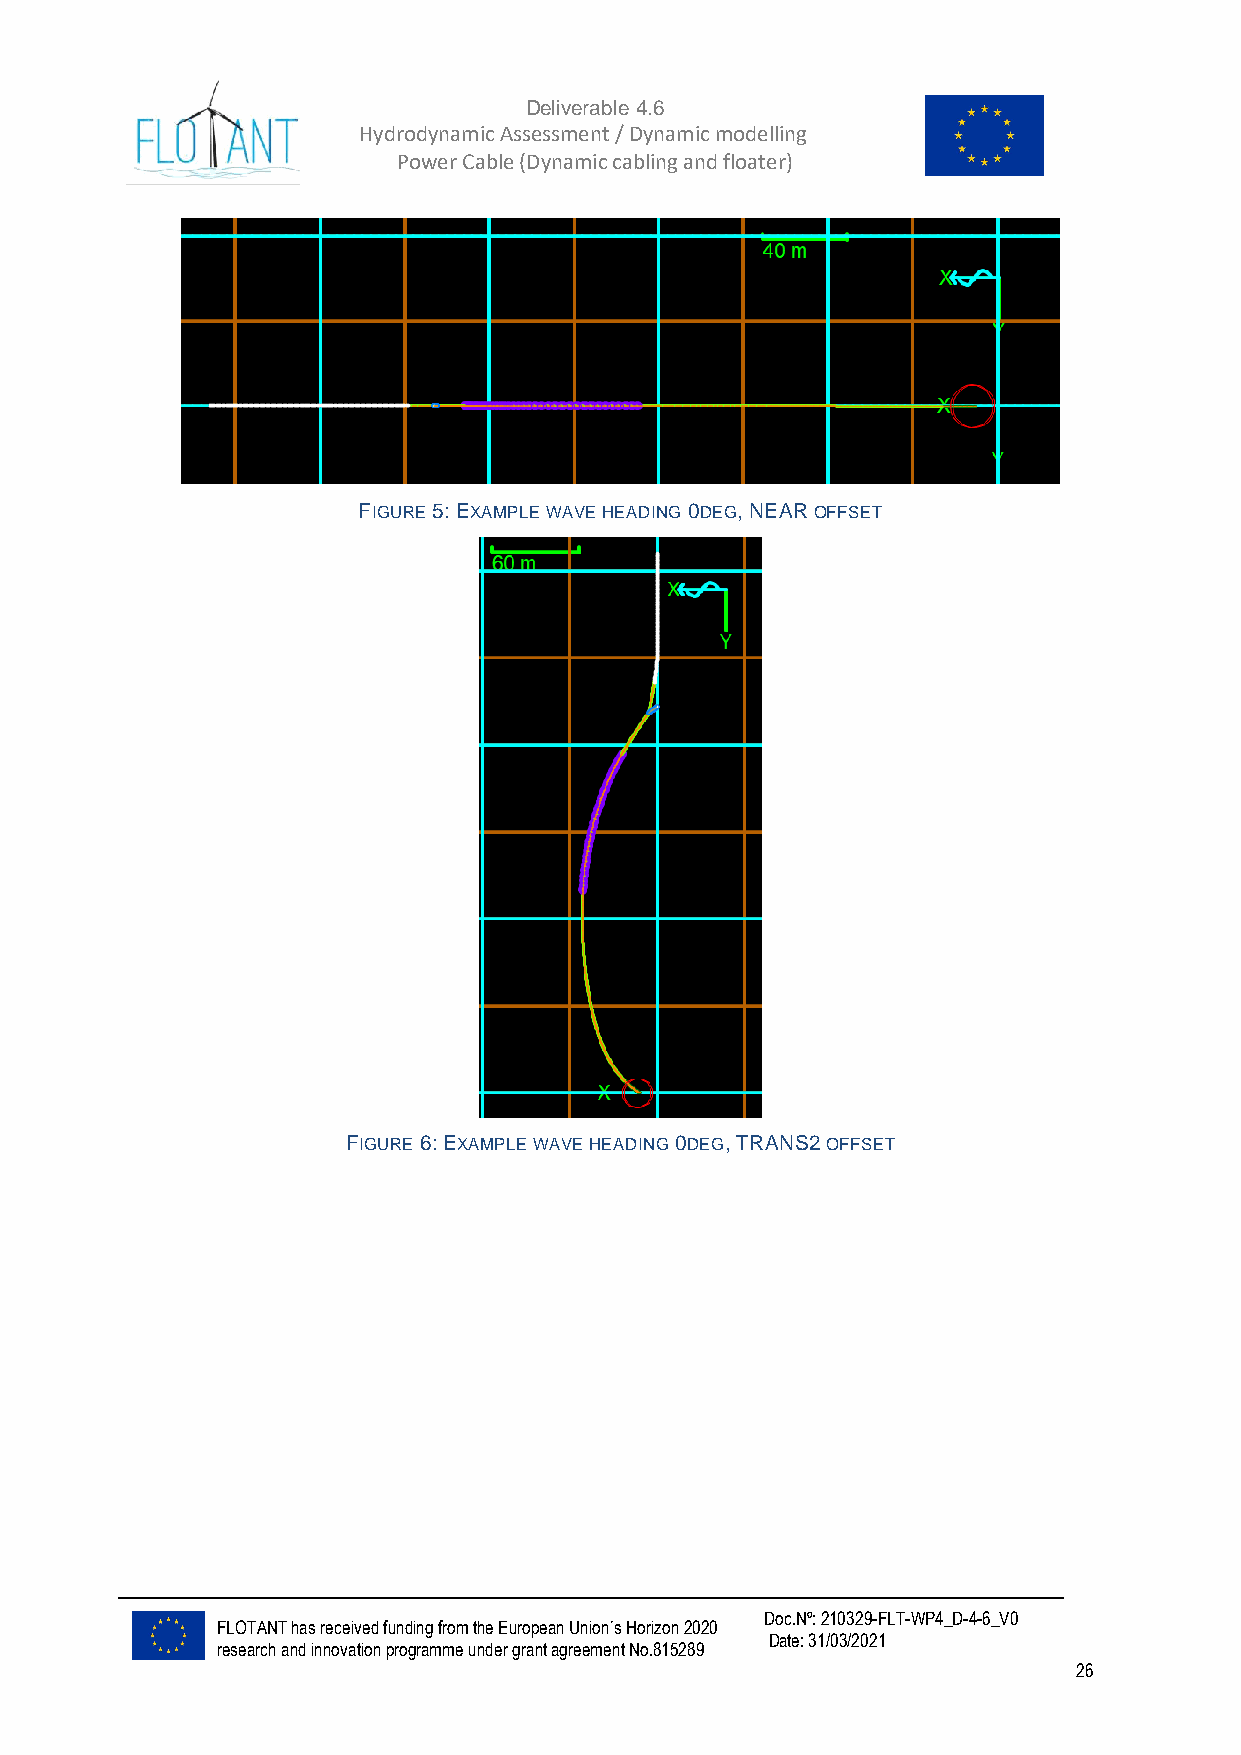
Deliverable 4.6
 Hydrodynamic Assessment / Dynamic modelling of
 Power Cable (Dynamic cabling and floater)
 FIGURE 5: EXAMPLE WAVE HEADING 0DEG, NEAR OFFSET
 FIGURE 6: EXAMPLE WAVE HEADING 0DEG, TRANS2 OFFSET
 Doc.Nº: 210329-FLT-WP4_D-4-6_V0
 FLOTANT has received funding from the European Union´s Horizon 2020
 Date: 31/03/2021
 research and innovation programme under grant agreement No.815289
 26